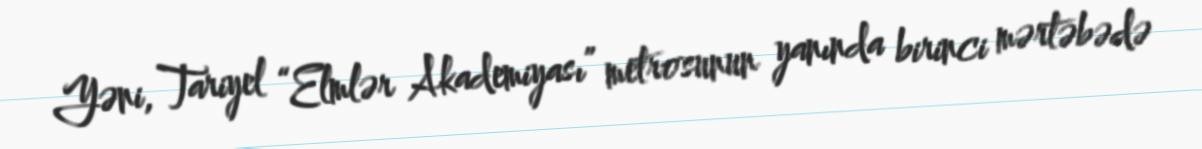
Yəni, Tariyel “Elmlər Akademiyası” metrosunun yanında birinci mərtəbədə